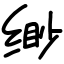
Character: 缈